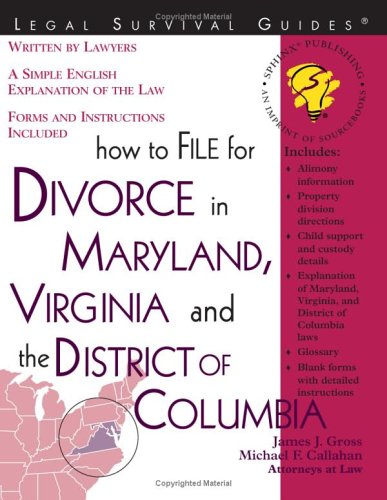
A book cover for How to File for Divorce in Maryland, Virginia and the District of Columbia (File for Divorce in Maryland, Virginia & the District of Colu Mbia); James J. Gross; Law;